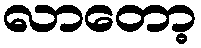
လာတော့